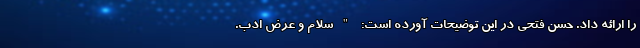
را ارائه داد. حسن فتحی در این توضیحات آورده است: "سلام و عرض ادب.